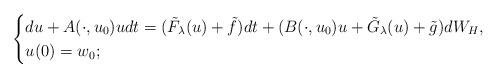
LaTeX: \begin{align*}\begin{cases}du+A(\cdot,u_0)u dt = (\tilde{F}_{\lambda}(u)+\tilde{f})dt + (B(\cdot,u_0)u+\tilde{G}_{\lambda}(u)+\tilde{g})dW_{H},\\u(0)=w_0;\end{cases}\end{align*}